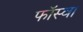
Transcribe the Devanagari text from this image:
फॉस्वा